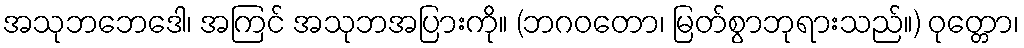
အသုဘဘေဒေါ၊ အကြင် အသုဘအပြားကို။ (ဘဂဝတော၊ မြတ်စွာဘုရားသည်။) ဝုတ္တော၊